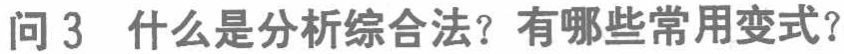
问 3 什么是分析综合法？有哪些常用变式？